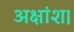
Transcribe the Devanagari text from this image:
अक्षांश।